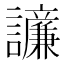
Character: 𫍓